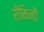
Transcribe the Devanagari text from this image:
रीमिनी